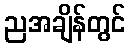
ညအချိန်တွင်